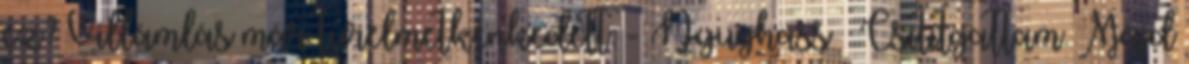
ez? Villámlás már türelmetkenkedett. - Nyughass – Csitítgattam. Majd